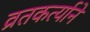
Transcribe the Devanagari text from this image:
व्रतकर्त्याने